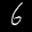
Label: 6